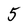
Character: 5